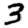
Digit: 3